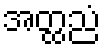
အတ္ထညံ